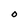
Character: O